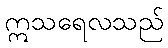
ဣသရေလသည်